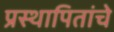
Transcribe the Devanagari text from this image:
प्रस्थापितांचे